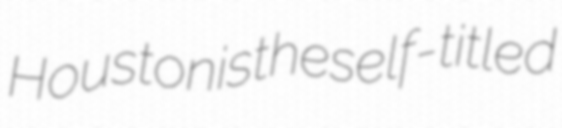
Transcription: Houston is the self-titled